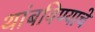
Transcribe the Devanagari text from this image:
थांबविण्याचे